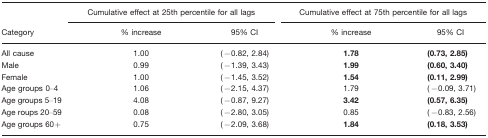
<table><thead><tr><td></td><td colspan="2"><b>Cumulative effect at 25th percentile for all lags</b></td><td colspan="2"><b>Cumulative effect at 75th percentile for all lags</b></td></tr><tr><td><b>Category</b></td><td><b>% increase</b></td><td><b>95% CI</b></td><td><b>% increase</b></td><td><b>95% CI</b></td></tr></thead><tbody><tr><td>All cause</td><td>1.00</td><td>(−0.82, 2.84)</td><td><b>1.78</b></td><td><b>(0.73, 2.85)</b></td></tr><tr><td>Male</td><td>0.99</td><td>(−1.39, 3.43)</td><td><b>1.99</b></td><td><b>(0.60, 3.40)</b></td></tr><tr><td>Female</td><td>1.00</td><td>(−1.45, 3.52)</td><td><b>1.54</b></td><td><b>(0.11, 2.99)</b></td></tr><tr><td>Age groups 0–4</td><td>1.06</td><td>(−2.15, 4.37)</td><td>1.79</td><td>(−0.09, 3.71)</td></tr><tr><td>Age groups 5–19</td><td>4.08</td><td>(−0.87, 9.27)</td><td><b>3.42</b></td><td><b>(0.57, 6.35)</b></td></tr><tr><td>Age roups 20–59</td><td>0.08</td><td>(−2.80, 3.05)</td><td>0.85</td><td>(−0.83, 2.56)</td></tr><tr><td>Age groups 60+</td><td>0.75</td><td>(−2.09, 3.68)</td><td><b>1.84</b></td><td><b>(0.18, 3.53)</b></td></tr></tbody></table>